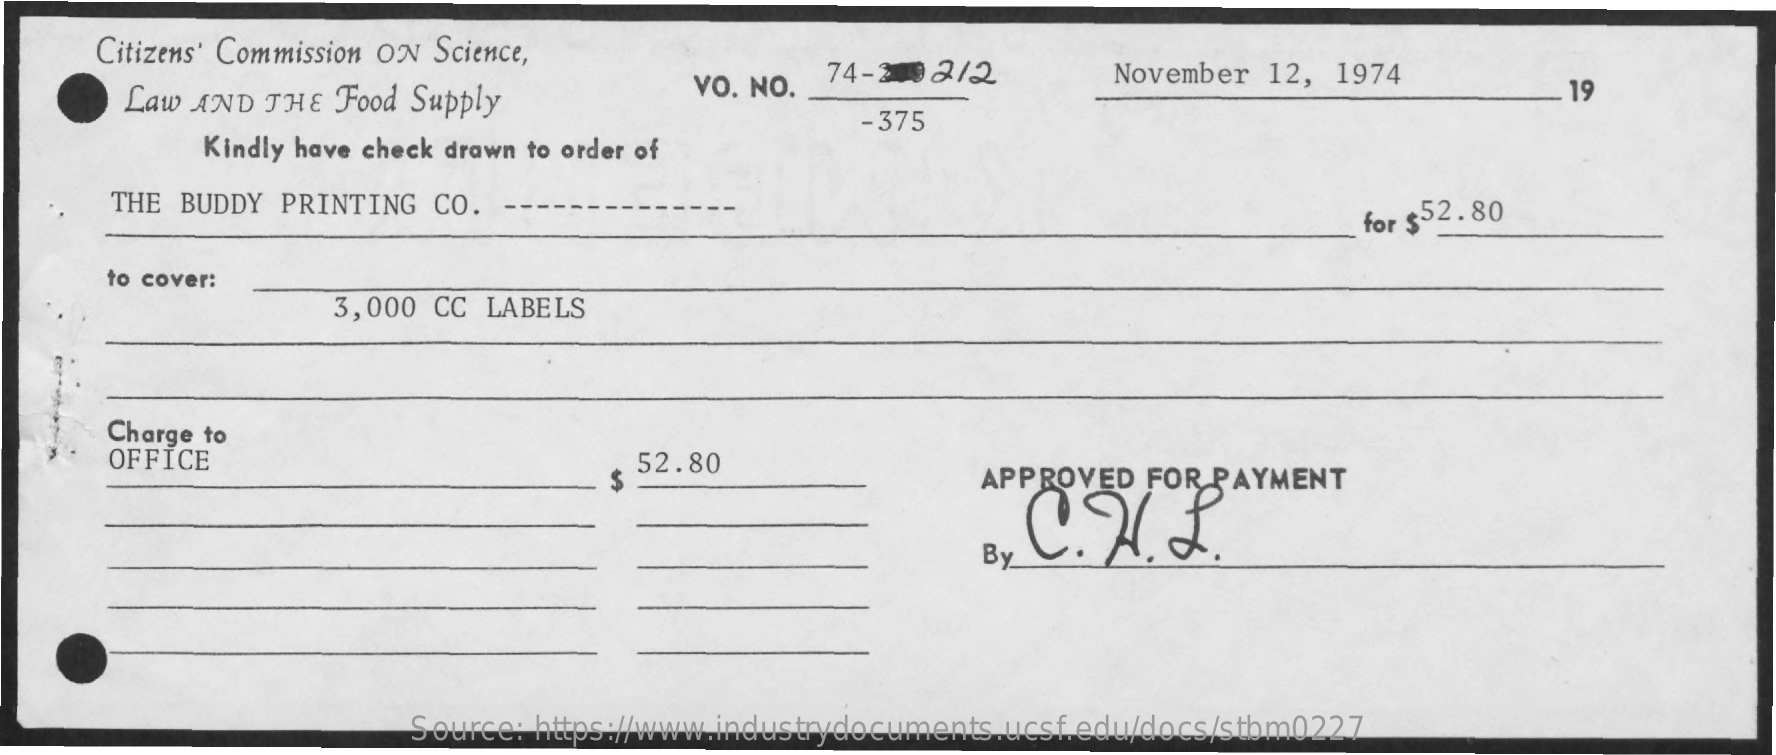
Citizens' Commission ON Science,
     Law AND THE  Food Supply
     VO. NO. 74-2 92/2    November  12, 1974
     19
     Kindly have check drawn to order of
     -375
     THE BUDDY PRINTING  CO. --
     for $52.80
     to cover:
     3,000 CC LABELS
     Charge to
     OFFICE    52.80
     APPROVED  FOR PAYMENT
     C. V.I.
     By
     Source: https://www.industrydocuments.ucsf.edu/docs/stbm0227